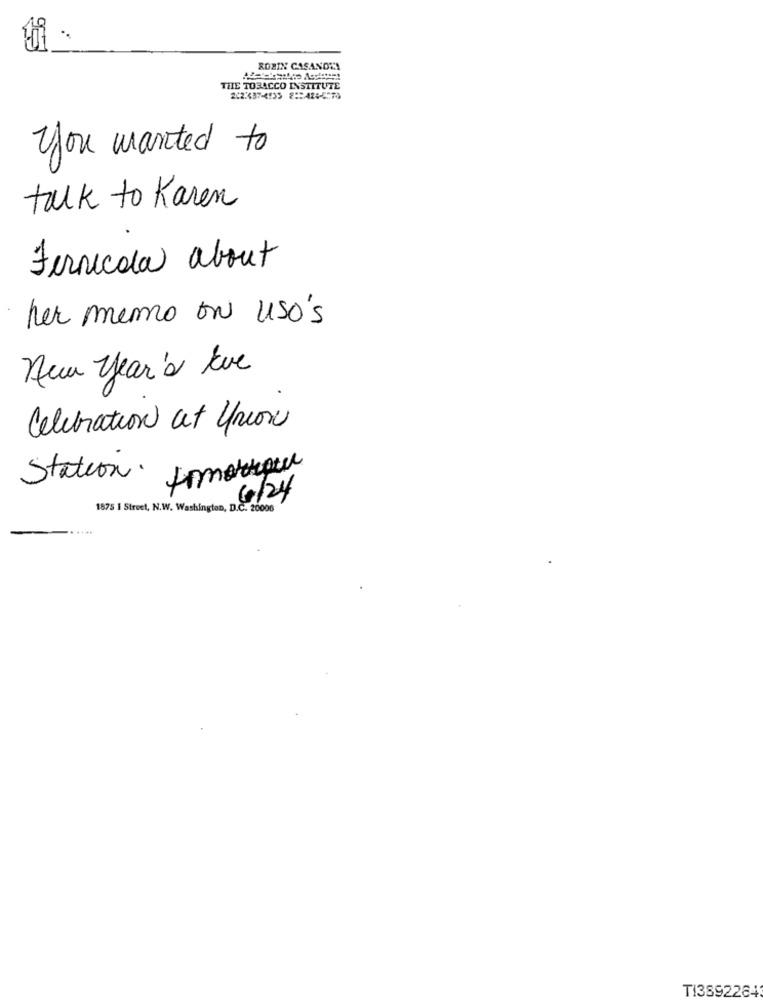
ROBIN CASANDRA
THE TOBACCO INSTITUTE
2224374933 8425-6576
you wanted to
talk to Karen
Fernicola about
her memo ON uso's
new year's Eve
Celebration at 4prox
tomorrow
Station.
6/24
1875 1 Street, N.W. Washington, D.C. 20006
TI3892284